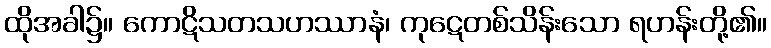
ထိုအခါ၌။ ကောဋိသတသဟဿာနံ၊ ကုဋေတစ်သိန်းသော ရဟန်းတို့၏။